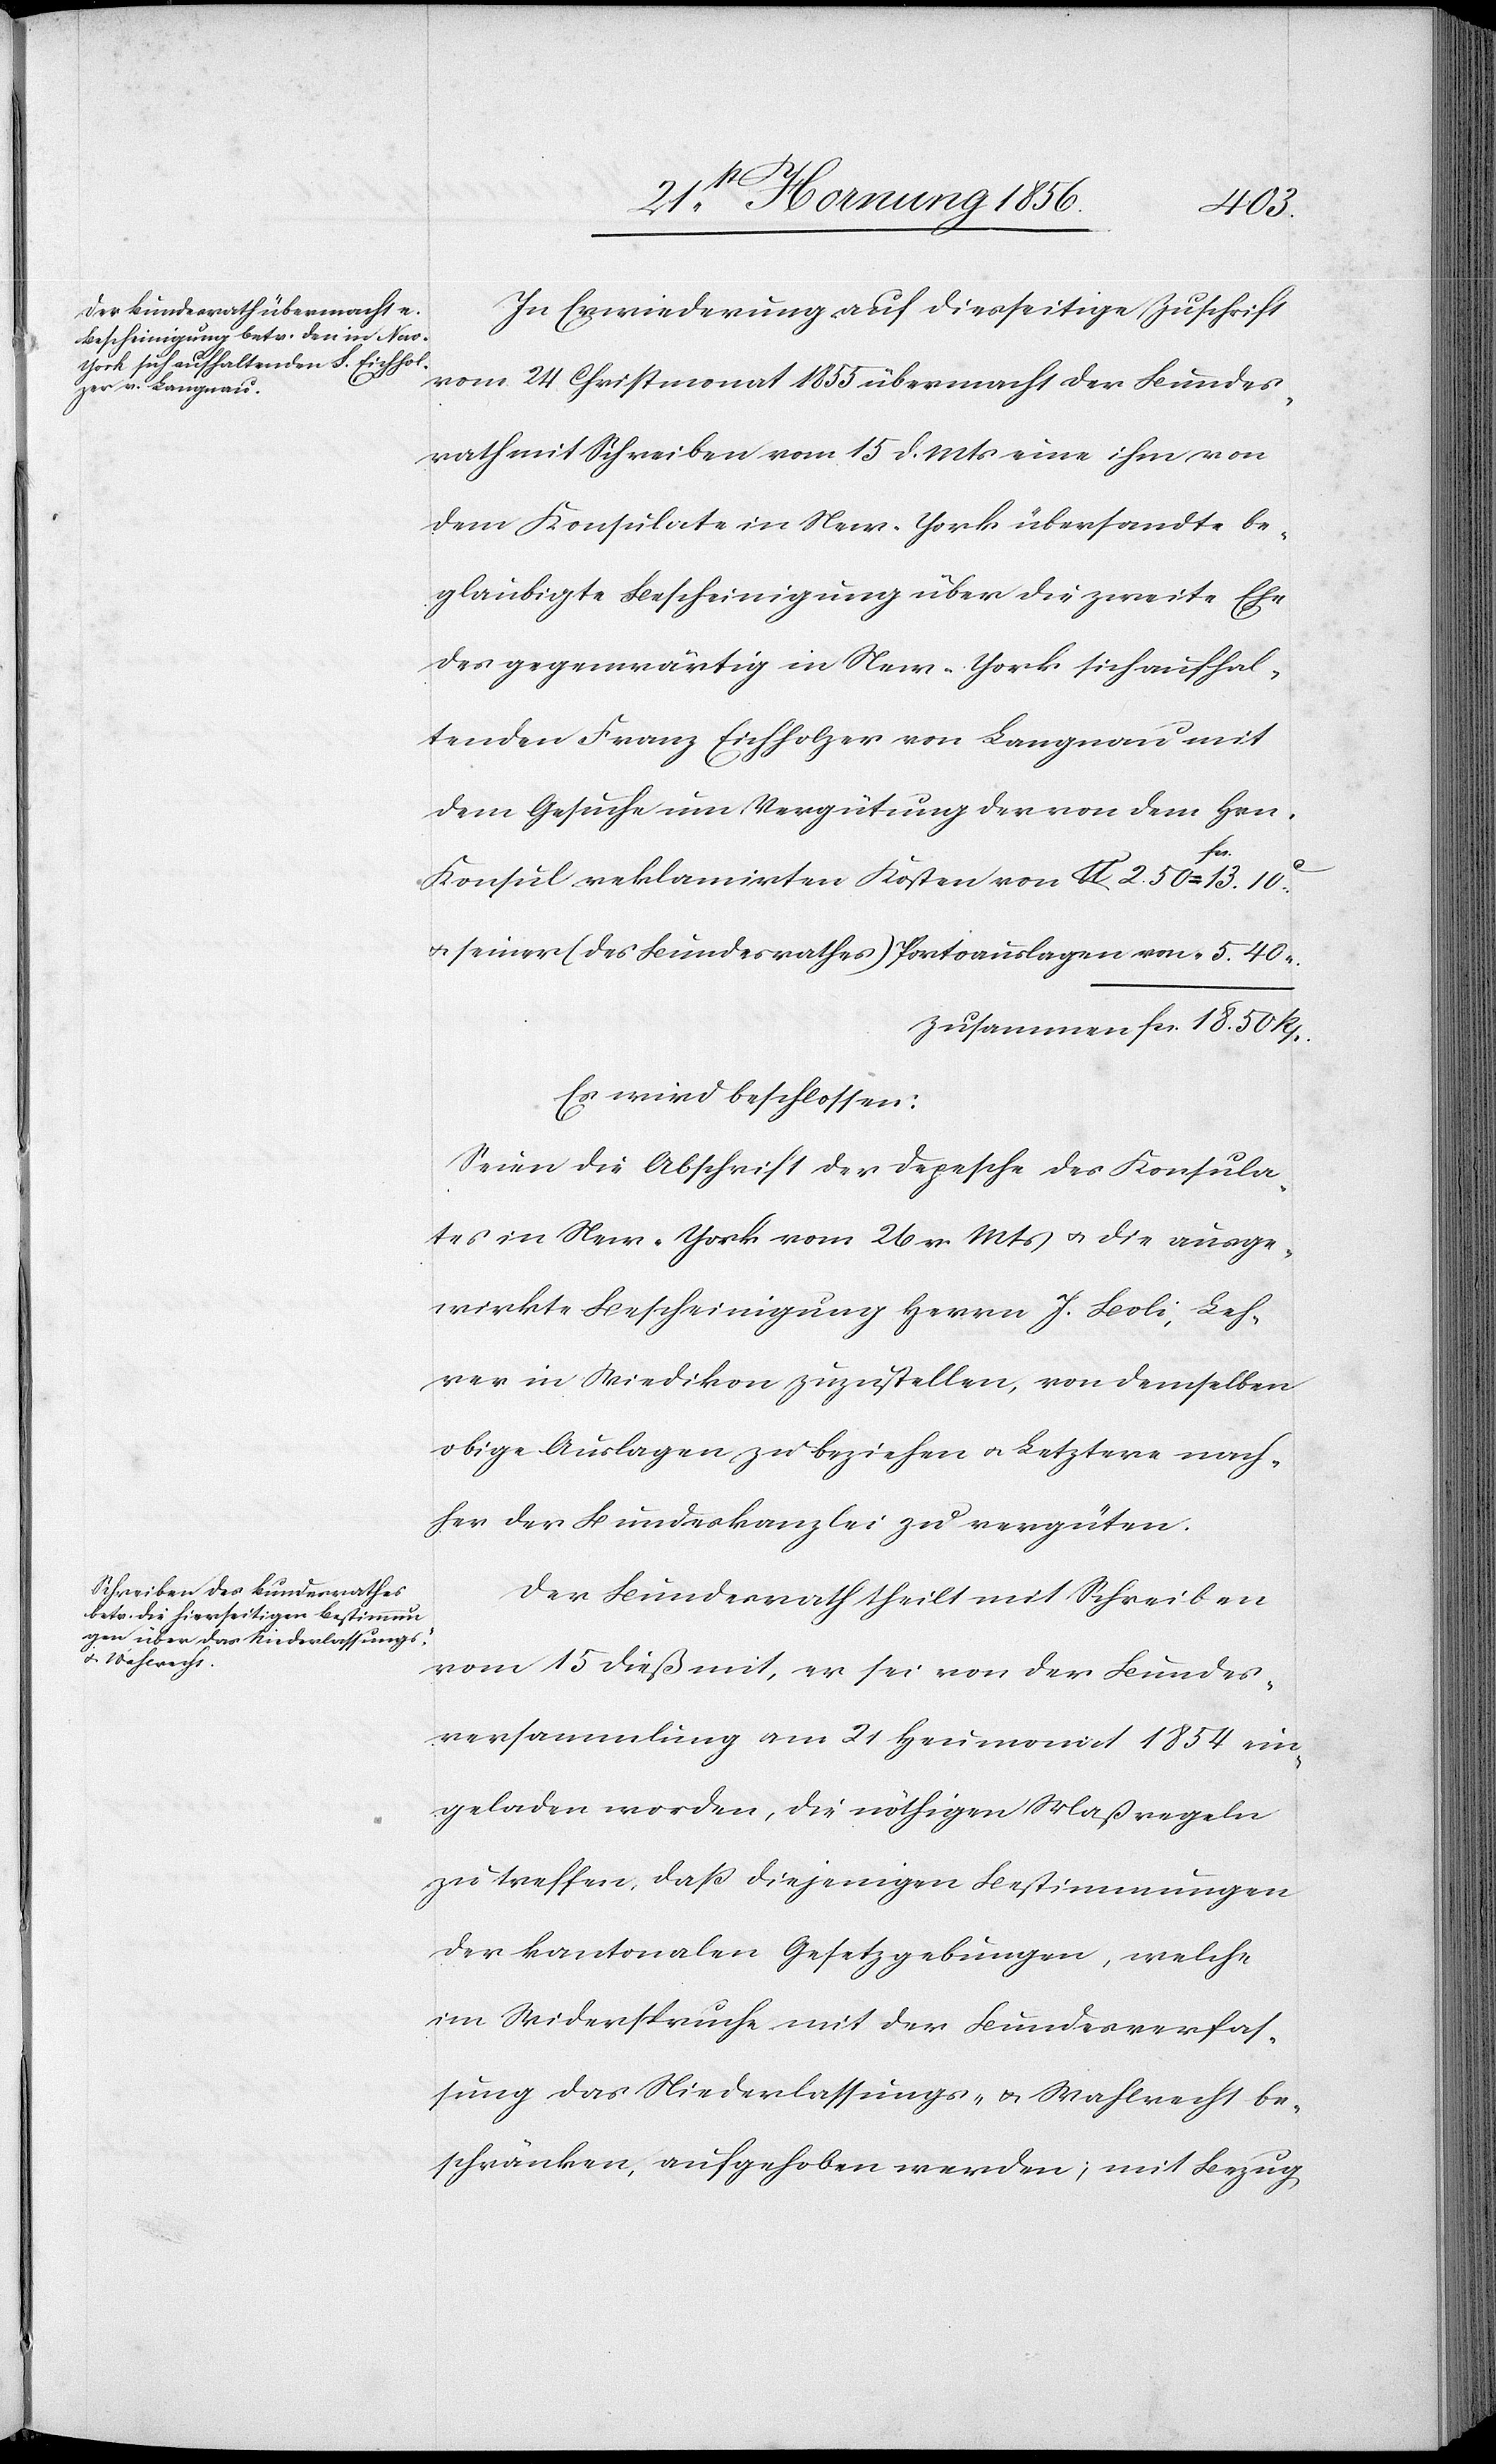
40
In Erwiederung auf diesseitige Zuschrift
vom 24 Christmonat 1855 übermacht der Bundes¬
rath mit Schreiben vom 15 d. Mts eine ihm von
dem Konsulate in New-York übersandte be¬
glaubigte Bescheinigung über die zweite Ehe
des gegenwärtig in New-York sich aufhal¬
tenden Franz Eichholz von Langnau mit
dem Gesuche um Vergütung der von dem Hrn.
“.
Konsul reklamirten Kosten von 		lb 2. 50	= afcs.a 13.
u. seiner (des Bundesrathes) Portoauslagen von
zusammen fcs. 18. 50 Rp.
Es wird beschlossen:
Seien die Abschrift der Depesche des Konsula¬
tes in New-York vom 26 v. Mts u. die ausge¬
wirkte Bescheinigung Herrn J. Boli, Leh¬
rer in Wiedikon zuzustellen, von demselben
obige Auslagen zu beziehen u. Letztere nach¬
her der Bundeskanzlei zu vergüten.
Der Bundesrath theilt mit Schreiben
vom 15 dieß mit, er sei von der Bundes¬
versammlung am 21 Heumonat 1854 ein¬
geladen worden, die nöthigen Maßregeln
zu treffen, daß diejenigen Bestimmungen
der kantonalen Gesetzgebungen, welche
im Widerspruche mit der Bundesverfas¬
sung das Niederlassungs- u. Wahlrecht be¬
schränken, aufgehoben werden; mit Bezug